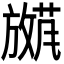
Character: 𫿕